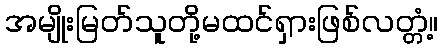
အမျိုးမြတ်သူတို့မထင်ရှားဖြစ်လတ္တံ့။